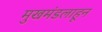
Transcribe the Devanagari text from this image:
मुखमंडलाहून